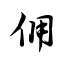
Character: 佣